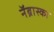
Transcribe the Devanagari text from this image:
नॅब्रास्का